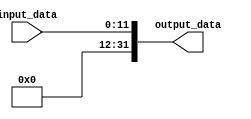
module my_12to32bit_extender(input_data, output_data);

	input [11:0] input_data;
	
	output [31:0] output_data;
	
	
	 genvar a;
	 generate
		for(a = 0; a <= 11; a = a+1) begin: extendingLoop
			assign output_data[a] = input_data[a];
		end
	 endgenerate
	 
	 genvar b;
	 generate
		for(b = 12; b <= 31; b = b+1) begin: extendingLoop2
			assign output_data[b] = 1'b0;
		end
	 endgenerate
	 
endmodule